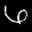
Label: 6